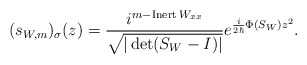
\begin{align*}(s_{W,m})_{\sigma}(z)=\frac{i^{m-\operatorname*{Inert}W_{xx}}}{\sqrt{|\det(S_{W}-I)|}}e^{\frac{i}{2\hbar}\Phi(S_{W})z^{2}}. \end{align*}